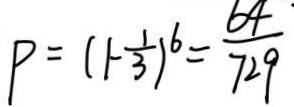
P = ( 1 - \frac { 1 } { 3 } ) ^ { 6 } = \frac { 6 4 \cdot } { 7 2 9 }